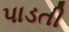
પાડતી